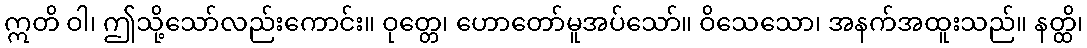
ဣတိ ဝါ၊ ဤသို့သော်လည်းကောင်း။ ဝုတ္တေ၊ ဟောတော်မူအပ်သော်။ ဝိသေသော၊ အနက်အထူးသည်။ နတ္ထိ၊